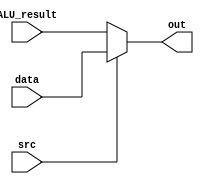
//Mux at the end of the memory

module memtoreg_mux (

	input [63:0] ALU_result,
	input [63:0] data,
	input src,
	output reg [63:0] out

);

always @* begin 

	if (src == 0) out <= ALU_result;
	else out <= data;

end

endmodule